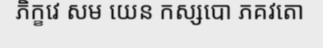
ភិក្ខវេ សម យេន កស្សបោ ភគវតោ